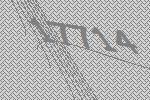
17714